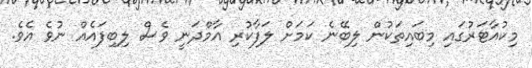
މިކުއާޓަރުގައި މިބައިތަކުން ލިބޭނެ ކަމަށް ލަފާކުރި އާމްދަނީ ވެސް ލިބިފައެއް ނުވެ އެވެ.